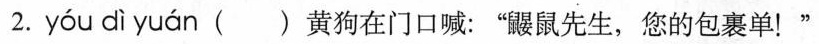
2. yóu dì yuán ( )黄狗在门口喊：”鼹鼠先生，您的包裹单！“